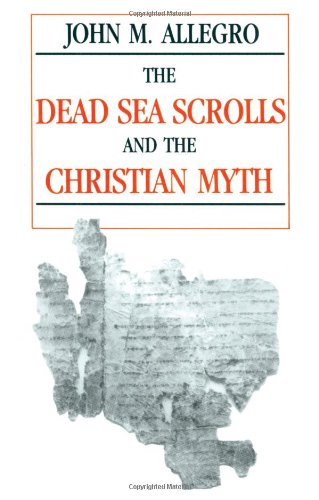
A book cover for The Dead Sea Scrolls and the Christian Myth; John Allegro; Christian Books & Bibles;